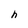
Character: h